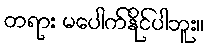
တရား မပေါက်နိုင်ပါဘူး။